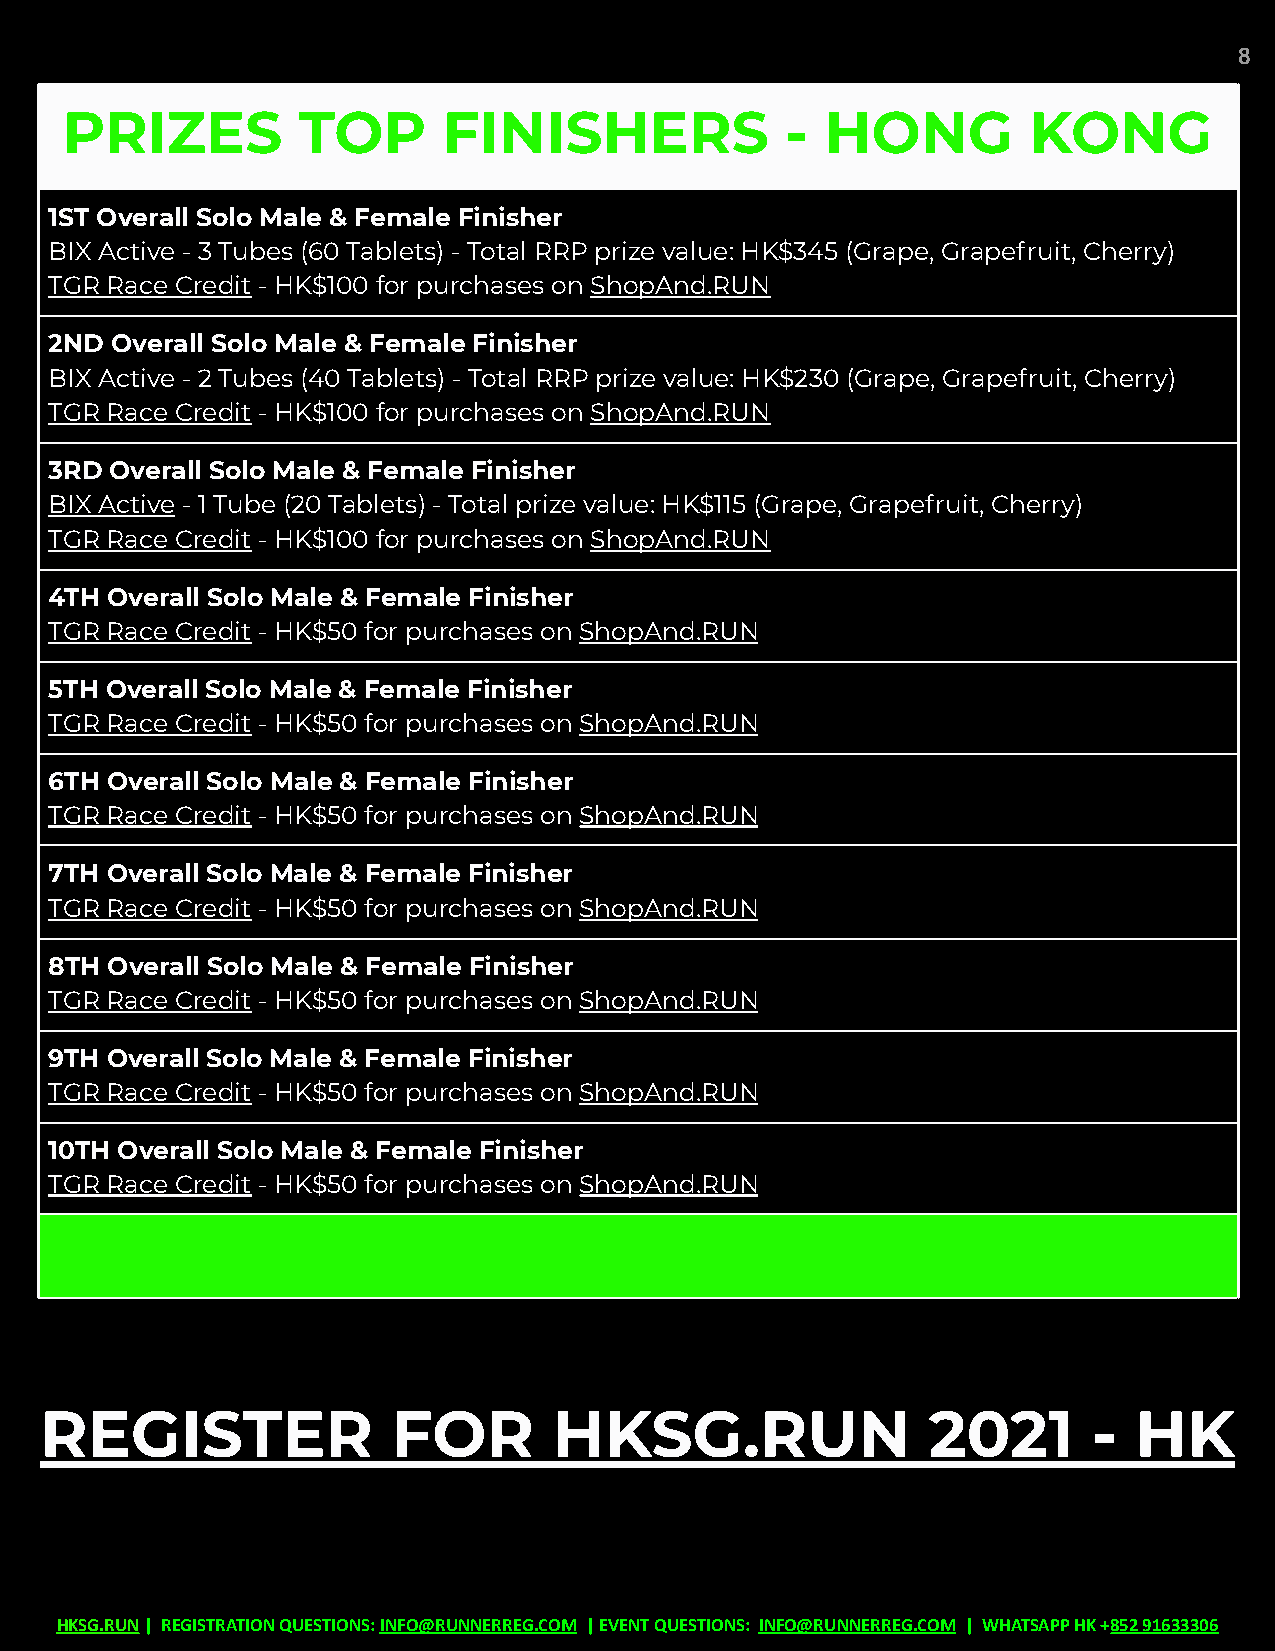
8
 PRIZES          TOP      FINISHERS              -  HONG         KONG
 1ST Overall Solo Male & Female Finisher
 BIX Active - 3 Tubes (60 Tablets) - Total RRP prize value: HK$345 (Grape, Grapefruit, Cherry)
 TGR Race Credit - HK$100 for purchases on ShopAnd.RUN
 2ND Overall Solo Male & Female Finisher
 BIX Active - 2 Tubes (40 Tablets) - Total RRP prize value: HK$230 (Grape, Grapefruit, Cherry)
 TGR Race Credit - HK$100 for purchases on ShopAnd.RUN
 3RD Overall Solo Male & Female Finisher
 BIX Active - 1 Tube (20 Tablets) - Total prize value: HK$115 (Grape, Grapefruit, Cherry)
 TGR Race Credit - HK$100 for purchases on ShopAnd.RUN
 4TH Overall Solo Male & Female Finisher
 TGR Race Credit - HK$50 for purchases on ShopAnd.RUN
 5TH Overall Solo Male & Female Finisher
 TGR Race Credit - HK$50 for purchases on ShopAnd.RUN
 6TH Overall Solo Male & Female Finisher
 TGR Race Credit - HK$50 for purchases on ShopAnd.RUN
 7TH Overall Solo Male & Female Finisher
 TGR Race Credit - HK$50 for purchases on ShopAnd.RUN
 8TH Overall Solo Male & Female Finisher
 TGR Race Credit - HK$50 for purchases on ShopAnd.RUN
 9TH Overall Solo Male & Female Finisher
 TGR Race Credit - HK$50 for purchases on ShopAnd.RUN
 10TH Overall Solo Male & Female Finisher
 TGR Race Credit - HK$50 for purchases on ShopAnd.RUN
 REGISTER               FOR        HKSG.RUN                2021       -  HK
 HKSG.RUN| REGISTRATION QUESTIONS:INFO@RUNNERREG.COM | EVENT QUESTIONS: INFO@RUNNERREG.COM | WHATSAPPHK+852 91633306